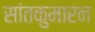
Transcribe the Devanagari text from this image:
सांतकुमारन